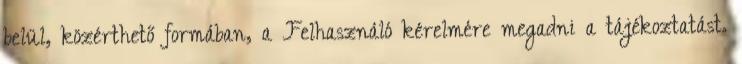
belül, közérthető formában, a Felhasználó kérelmére megadni a tájékoztatást.